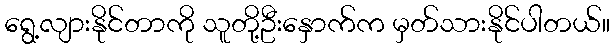
ရွေ့လျားနိုင်တာကို သူတို့ဦးနှောက်က မှတ်သားနိုင်ပါတယ်။